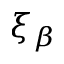
\xi _ { \beta }